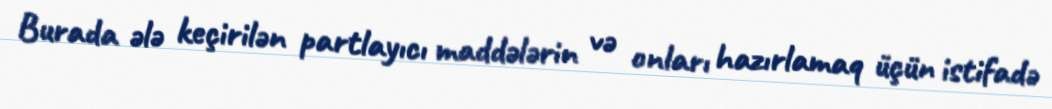
Burada ələ keçirilən partlayıcı maddələrin və onları hazırlamaq üçün istifadə